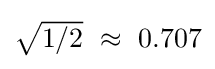
{\textstyle {\sqrt {1/2}}\ \approx \ 0.707}